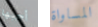
أحبها المساواة